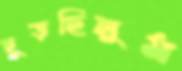
ছুড়ছিলুম